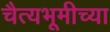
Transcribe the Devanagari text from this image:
चैत्यभूमीच्या